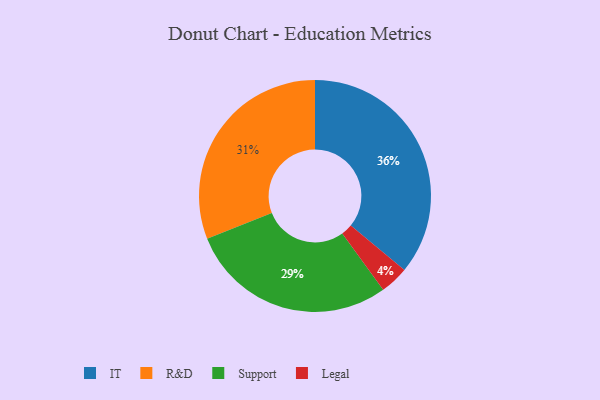
{"axis": {"x": "Category", "y": "Percentage"}, "legend": ["IT", "Legal", "R&D", "Support"], "data": [{"x": "Legal", "y": 4, "type": "Legal"}, {"x": "IT", "y": 36, "type": "IT"}, {"x": "R&D", "y": 31, "type": "R&D"}, {"x": "Support", "y": 29, "type": "Support"}]}